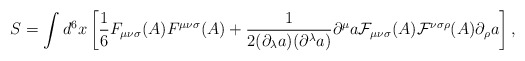
\begin{align*}S=\int d^{6}x\left[{\frac 1 6}F_{{\mu}{\nu}{\sigma}}(A)F^{{\mu}{\nu}{\sigma}}(A)+\frac{1}{2({\partial}_{\lambda}a)({\partial}^{\lambda}a)}{\partial}^{\mu}a{\cal F}_{{\mu}{\nu}{\sigma}}(A){\cal F}^{{\nu}{\sigma}{\rho}}(A){\partial}_{\rho}a\right],\end{align*}